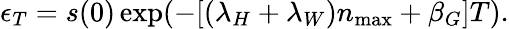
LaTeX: \epsilon_{T}=s(0)\exp(-[(\lambda_{H}+\lambda_{W})n_{\operatorname*{max}}+\beta_{G}]T).